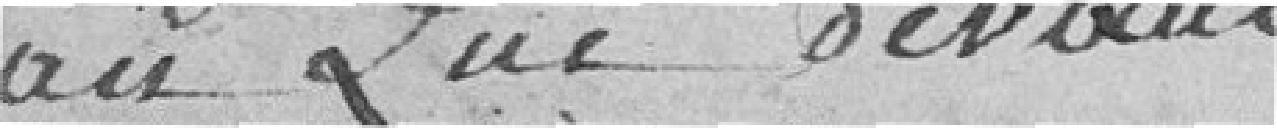
an que devant.